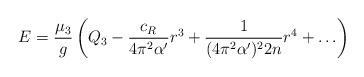
LaTeX: \begin{align*}E=\frac{\mu_3}{g}\left( Q_3-\frac{c_R}{4\pi^2\alpha'}r^3+\frac{1}{(4\pi^2\alpha')^2 2n}r^4+\ldots\right)\end{align*}